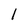
Character: I